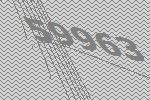
59963